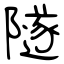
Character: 隧